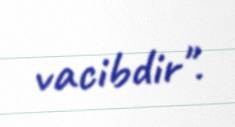
vacibdir".